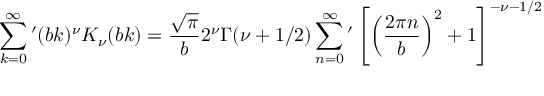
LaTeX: \sum _ { k = 0 } ^ { \infty } { ' } ( b k ) ^ { \nu } K _ { \nu } ( b k ) = \frac { \sqrt { \pi } } { b } 2 ^ { \nu } \Gamma ( \nu + 1 / 2 ) \sum _ { n = 0 } ^ { \infty } { ' } \left[ \left( \frac { 2 \pi n } { b } \right) ^ { 2 } + 1 \right] ^ { - \nu - 1 / 2 }